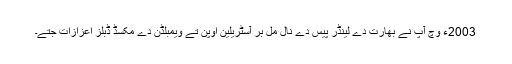
2003ء وچ آپ نے بھارت دے لینڈر پیس دے نال مل بر آسٹریلین اوپن تے ویمبلڈن دے مکسڈ ڈبلز اعزازات جتے۔